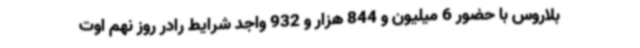
بلاروس با حضور 6 میلیون و 844 هزار و 932 واجد شرایط رادر روز نهم اوت